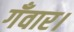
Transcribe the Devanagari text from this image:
गँवार।